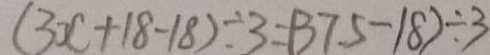
( 3 x + 1 8 - 1 8 ) \div 3 = ( 3 7 . 5 - 1 8 ) \div 3